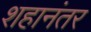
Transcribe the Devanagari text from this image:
शहानंतर